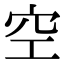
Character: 空